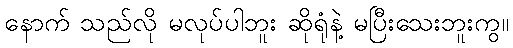
နောက် သည်လို မလုပ်ပါဘူး ဆိုရုံနဲ့ မပြီးသေးဘူးကွ။